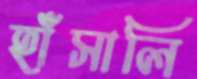
হাঁসালি